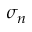
\sigma _ { n }